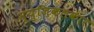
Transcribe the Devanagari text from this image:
म्युज़िकलकार